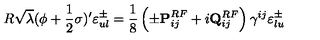
R \sqrt { \lambda } ( \phi + { \frac { 1 } { 2 } } \sigma ) ^ { \prime } \varepsilon _ { u l } ^ { \pm } = { \frac { 1 } { 8 } } \left( \pm { \bf { P } } _ { i j } ^ { R F } + i { \bf { Q } } _ { i j } ^ { R F } \right) \gamma ^ { i j } \varepsilon _ { l u } ^ { \pm }